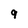
Character: 9